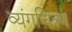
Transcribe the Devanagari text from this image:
व्यंगचित्रण